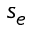
s _ { e }